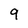
Character: 9